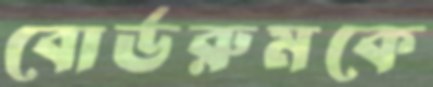
বোর্ডরুমকে